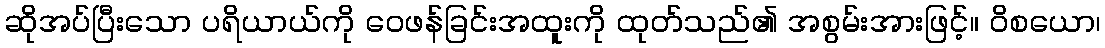
ဆိုအပ်ပြီးသော ပရိယာယ်ကို ဝေဖန်ခြင်းအထူးကို ထုတ်သည်၏ အစွမ်းအားဖြင့်။ ဝိစယော၊